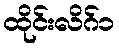
ထိုင်းလိဂ်၁